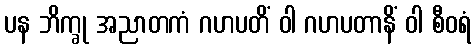
ပန ဘိက္ခု အညာတကံ ဂဟပတိံ ဝါ ဂဟပတာနိံ ဝါ စီဝရံ